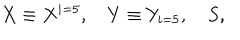
X \equiv X ^ { i = 5 } , \quad Y \equiv Y _ { i = 5 } , \quad S ,